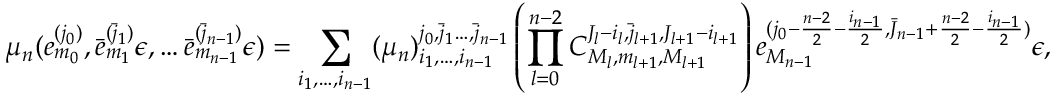
\mu _ { n } ( e _ { m _ { 0 } } ^ { ( j _ { 0 } ) } , \bar { e } _ { m _ { 1 } } ^ { ( \bar { j } _ { 1 } ) } \epsilon , \dots \bar { e } _ { m _ { n - 1 } } ^ { ( \bar { j } _ { n - 1 } ) } \epsilon ) = \sum _ { i _ { 1 } , \dots , i _ { n - 1 } } ( \mu _ { n } ) _ { i _ { 1 } , \dots , i _ { n - 1 } } ^ { j _ { 0 } , \bar { j } _ { 1 } \dots , \bar { j } _ { n - 1 } } \left( \prod _ { l = 0 } ^ { n - 2 } C _ { M _ { l } , m _ { l + 1 } , M _ { l + 1 } } ^ { J _ { l } - i _ { l } , \bar { j } _ { l + 1 } , J _ { l + 1 } - i _ { l + 1 } } \right) e _ { M _ { n - 1 } } ^ { ( j _ { 0 } - \frac { n - 2 } { 2 } - \frac { i _ { n - 1 } } { 2 } , \bar { J } _ { n - 1 } + \frac { n - 2 } { 2 } - \frac { i _ { n - 1 } } { 2 } ) } \epsilon ,